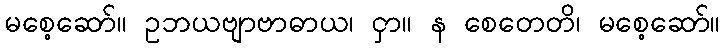
မစေ့ဆော်။ ဥဘယဗျာဗာဓာယ၊ ငှာ။ န စေတေတိ၊ မစေ့ဆော်။